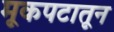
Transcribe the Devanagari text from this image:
मूकपटातून